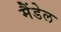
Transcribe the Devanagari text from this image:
मैंडेल